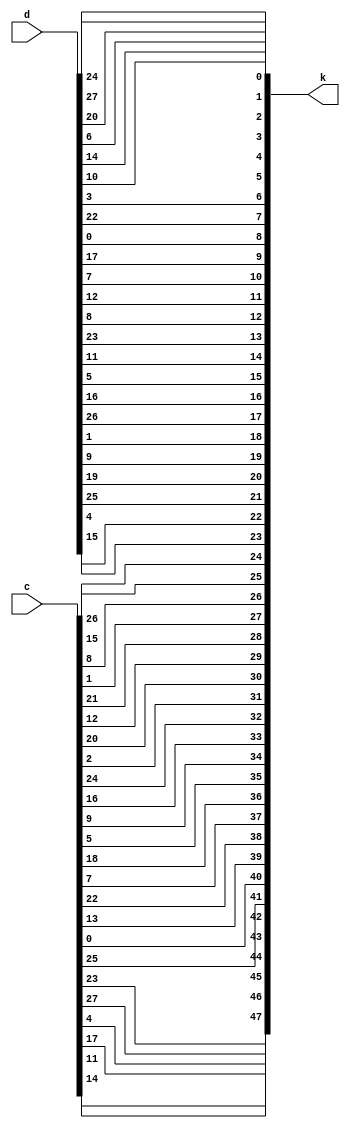
module pc2_2(c,d,k);
input 	[1:28] c,d;
output 	[1:48] k;
wire 	[1:56] YY;
        assign YY[1:28]=c;         assign YY[29:56]=d;
        assign k[1]=YY[14];   assign k[2]=YY[17];   assign k[3]=YY[11];   assign k[4]=YY[24];   assign k[5]=YY[1];    assign k[6]=YY[5];
        assign k[7]=YY[3];    assign k[8]=YY[28];   assign k[9]=YY[15];   assign k[10]=YY[6];   assign k[11]=YY[21];  assign k[12]=YY[10];
        assign k[13]=YY[23];  assign k[14]=YY[19];  assign k[15]=YY[12];  assign k[16]=YY[4];   assign k[17]=YY[26];  assign k[18]=YY[8];
        assign k[19]=YY[16];  assign k[20]=YY[7];   assign k[21]=YY[27];  assign k[22]=YY[20];  assign k[23]=YY[13];  assign k[24]=YY[2];
        assign k[25]=YY[41];  assign k[26]=YY[52];  assign k[27]=YY[31];  assign k[28]=YY[37];  assign k[29]=YY[47];  assign k[30]=YY[55];
        assign k[31]=YY[30];  assign k[32]=YY[40];  assign k[33]=YY[51];  assign k[34]=YY[45];  assign k[35]=YY[33];  assign k[36]=YY[48];
        assign k[37]=YY[44];  assign k[38]=YY[49];  assign k[39]=YY[39];  assign k[40]=YY[56];  assign k[41]=YY[34];  assign k[42]=YY[53];
        assign k[43]=YY[46];  assign k[44]=YY[42];  assign k[45]=YY[50];  assign k[46]=YY[36];  assign k[47]=YY[29];  assign k[48]=YY[32];
endmodule